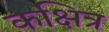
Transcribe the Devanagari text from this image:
कक्षित्र